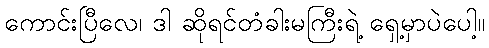
ကောင်းပြီလေ၊ ဒါ ဆိုရင်တံခါးမကြီးရဲ့ ရှေ့မှာပဲပေါ့။